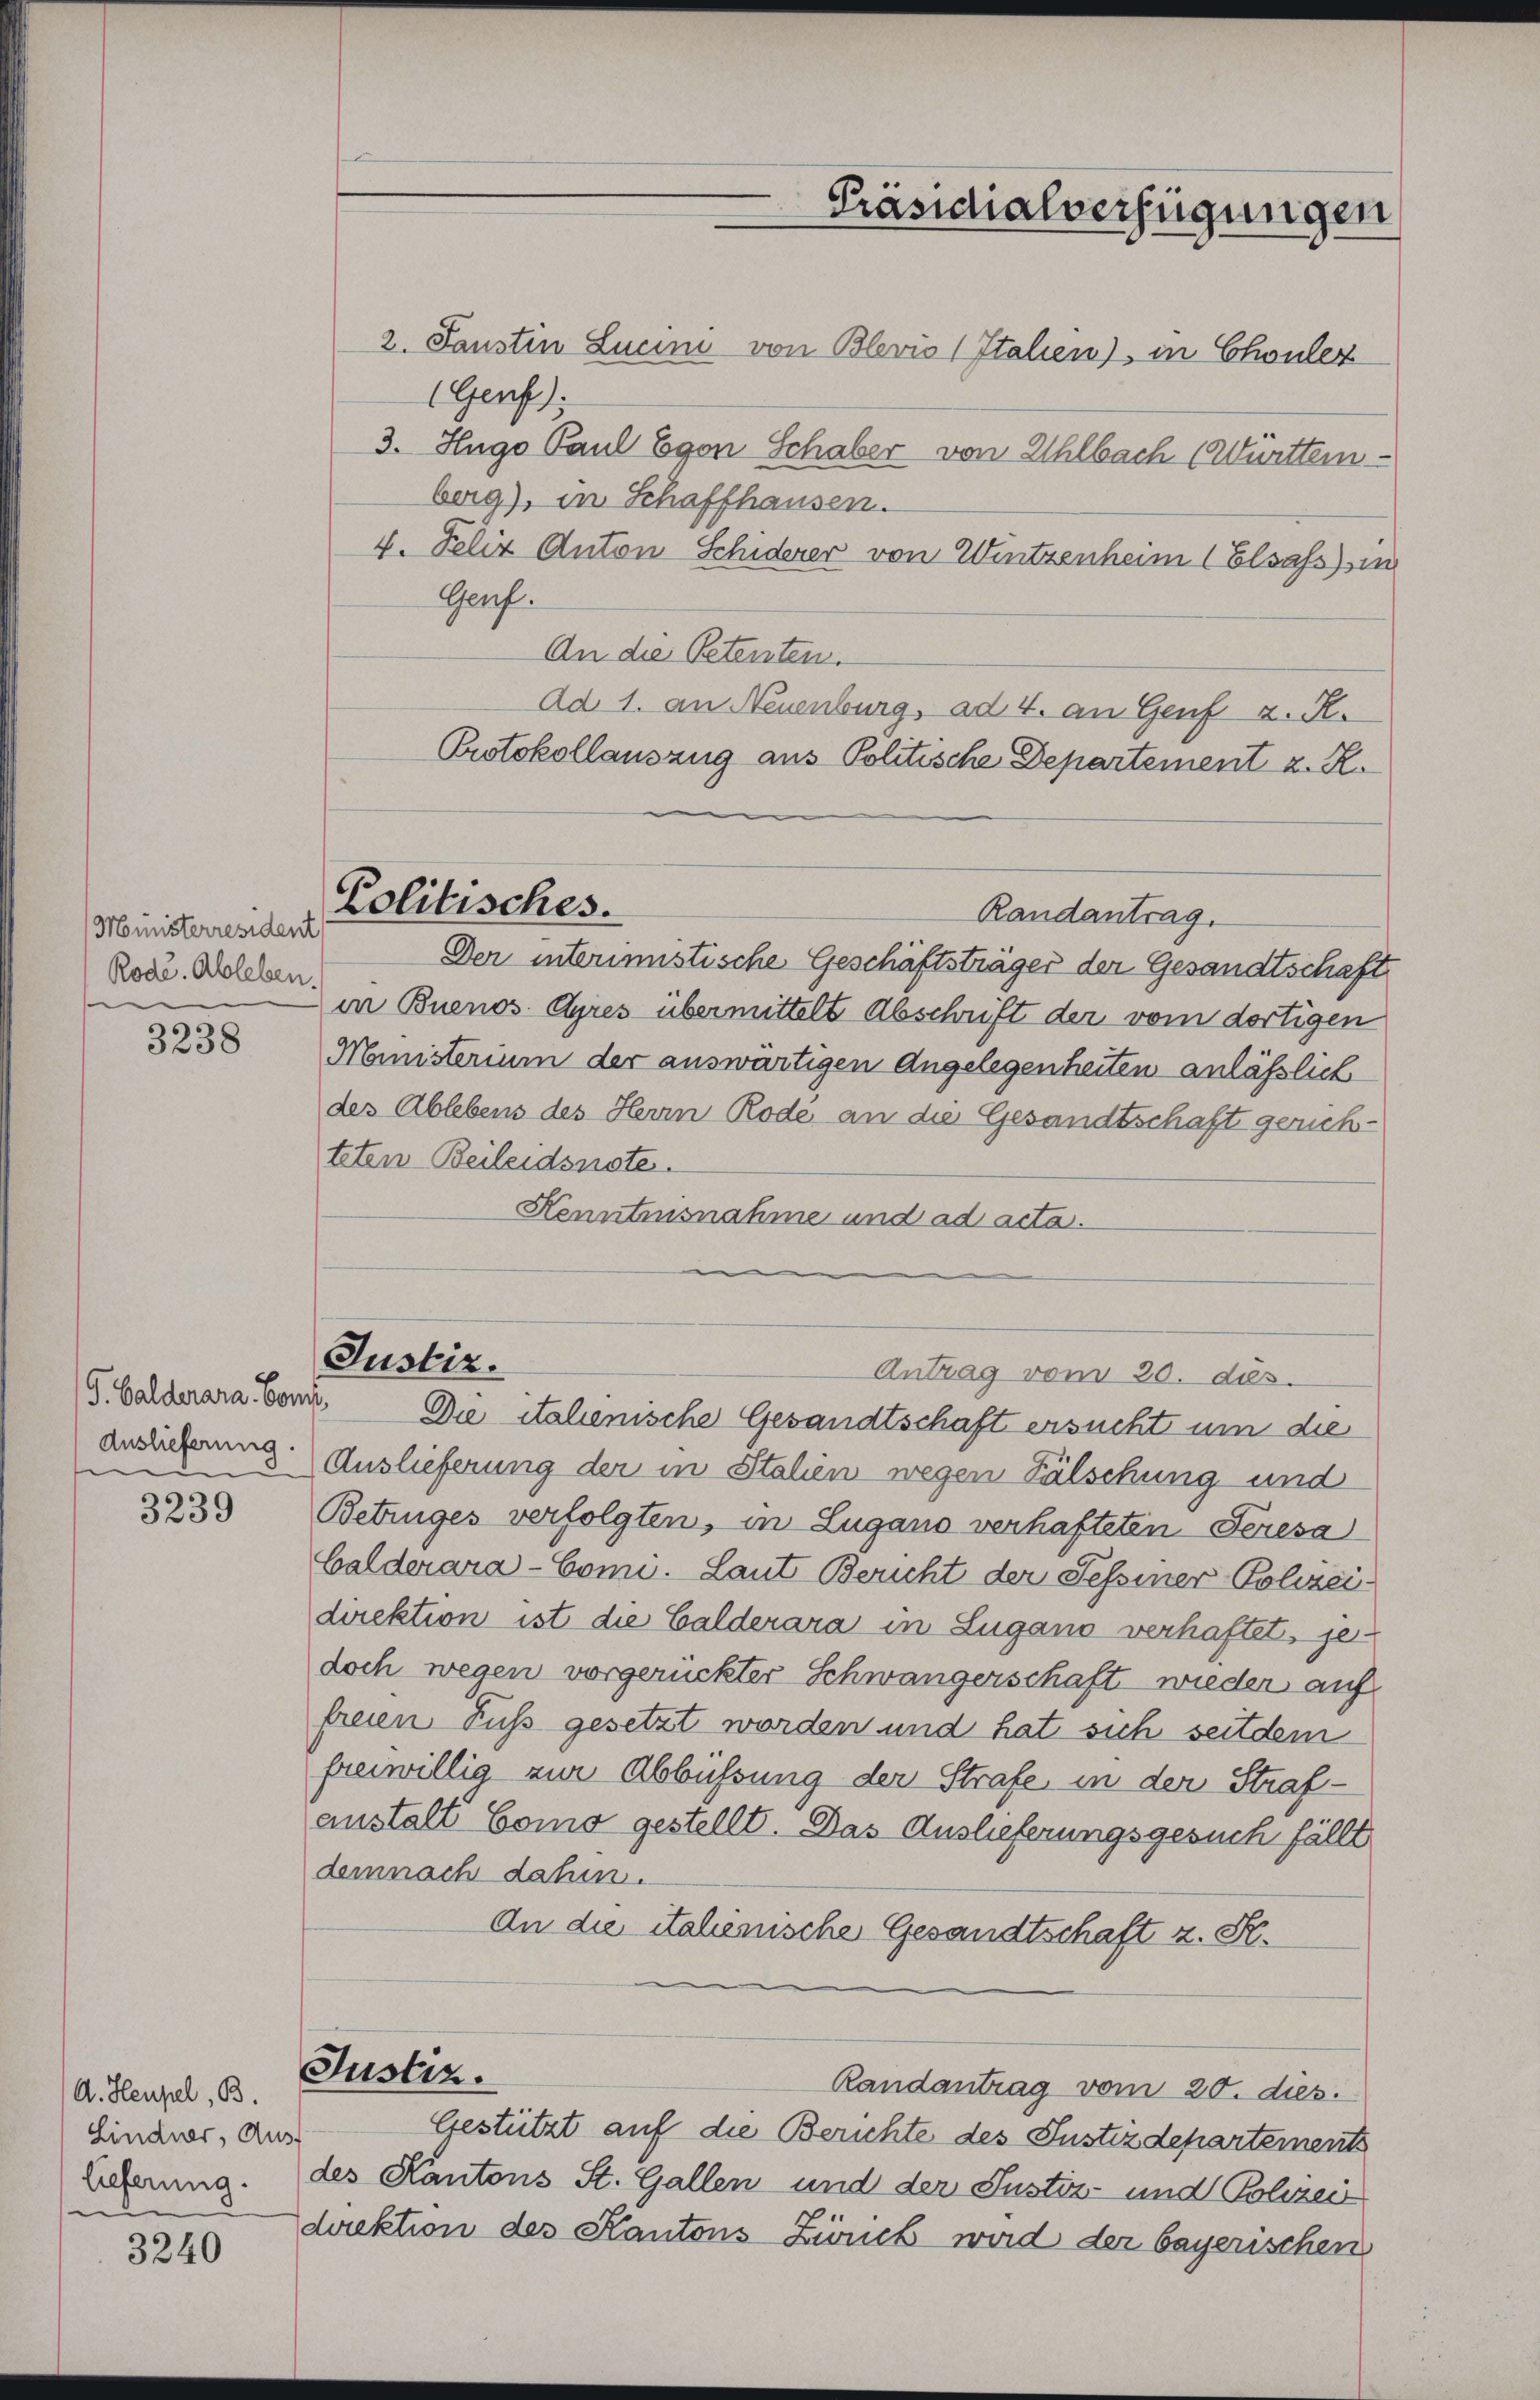
Ministerresident
Rode. Ableben.

3238

G. Balderara, Bons,
Auslieferung.

3239

A. Heupel, B.
Lindner, Aus
lieferung.

3240

Justiz.

2. Paustin Luum von Blevis (Italien), in Chouler
(Genf):
3. Hugo Paul Egon Schaber von Uhlbach (Württemberg), in Schaffhausen.
4. Felix Anton Schiderer von Wintzenheim Elsass sin
Genf.
An die Petenten.
Ad 1. an Neuenburg, ad 4. an Genf z. R.
Protokollauszug aus Politische Departement z. R.
Politisches.
Randantrag.
Der interimistische Geschäftsträger der Gesandtschaft
in Buenos Ayres übermittelt Abschrift der vom dortigen
Ministerium der auswärtigen Angelegenheiten anläßlich
des Ablebens des Herrn Rode an die Gesandtschaft gerichteten Beileidsnote.
Kenntnisnahme und ad acta.

Präsidialverfügungen

Die italienische Gesandtschaft ersucht um die
Auslieferung der in Stehen wegen Fälschung und
Betruges verfolgten, in Lugano verhafteten Feresa
Calderara-Coni. Laut Bericht der Fessiner Polizeidirektion ist die Calderara in Lugano verhaftet, je-
doch wegen vorgerückter Schwängerschaft wieder auf
freien Fuss gesetzt worden und hat sich seitdem
freiwillig zur Abbüssung der Strafe, in der Strafanstalt Como gestellt. Das Auslieferungsgesuch fällt
demnach dahin.
An die italienische Gesandtschaft z. St.
Justiz.
Randantrag vom 20. dies.
Gestützt auf die Berichte des Justizdepartements
des Kantons St. Gallen und der Justiz- und Polizei
direktion des Kantons Zürich wird der bayerischen

Antrag vom 20. ds.